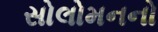
સોલોમનનો